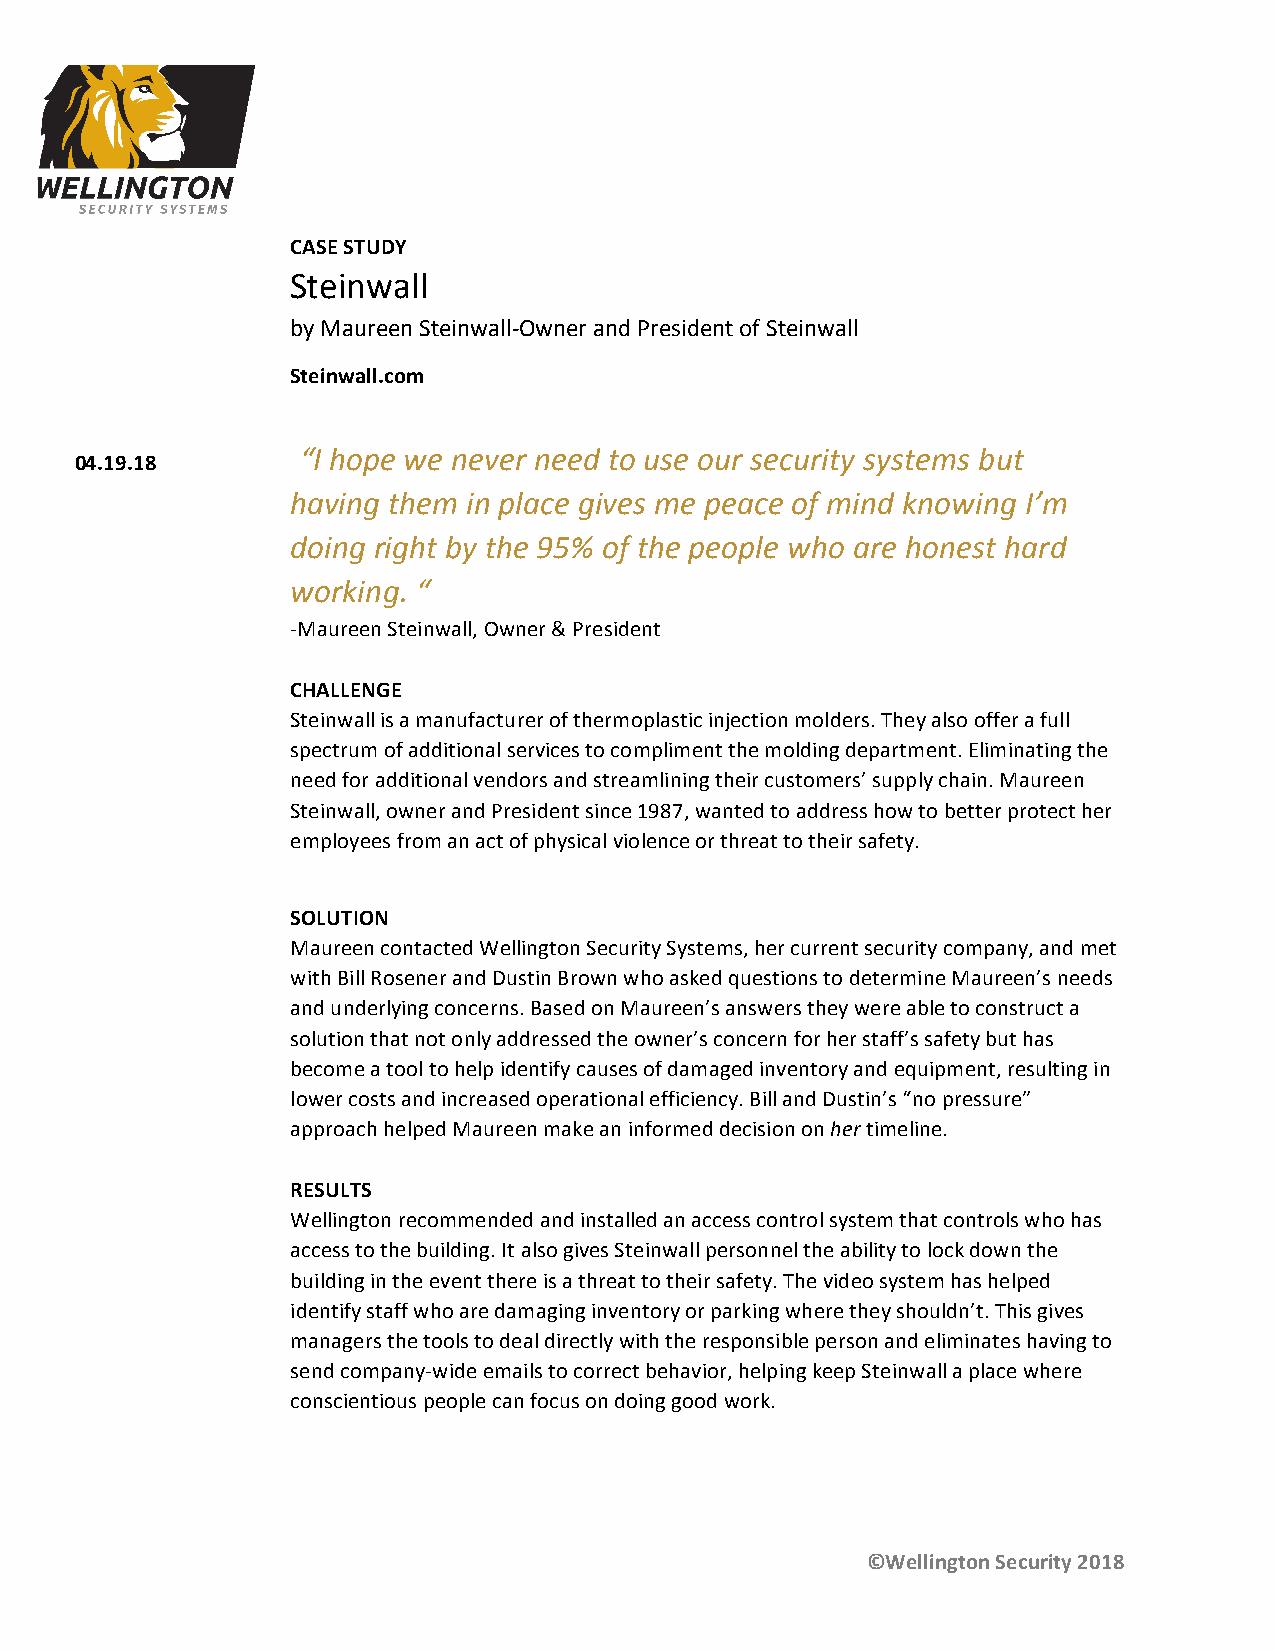
CASE STUDY
 Steinwall
 by Maureen Steinwall-Owner and President of Steinwall
 Steinwall.com
 “I hope we never need to use our security systems but
 04.19.18
 having them in place gives me peace of mind knowing I’m
 doing right by the 95% of the people who are honest hard
 working. “
 -Maureen Steinwall, Owner & President
 CHALLENGE
 Steinwall is a manufacturer of thermoplastic injection molders. They also offer a full
 spectrum of additional services to compliment the molding department. Eliminating the
 need for additional vendors and streamlining their customers’ supply chain. Maureen
 Steinwall, owner and President since 1987, wanted to address how to better protect her
 employees from an act of physical violence or threat to their safety.
 SOLUTION
 Maureen contacted Wellington Security Systems, her current security company, and met
 with Bill Rosener and Dustin Brown who asked questions to determine Maureen’s needs
 and underlying concerns. Based on Maureen’s answers they were able to construct a
 solution that not only addressed the owner’s concern for her staff’s safety but has
 become a tool to help identify causes of damaged inventory and equipment, resulting in
 lower costs and increased operational efficiency. Bill and Dustin’s “no pressure”
 approach helped Maureen make an informed decision on her timeline.
 RESULTS
 Wellington recommended and installed an access control system that controls who has
 access to the building. It also gives Steinwall personnel the ability to lock down the
 building in the event there is a threat to their safety. The video system has helped
 identify staff who are damaging inventory or parking where they shouldn’t. This gives
 managers the tools to deal directly with the responsible person and eliminates having to
 send company-wide emails to correct behavior, helping keep Steinwall a place where
 conscientious people can focus on doing good work.
 ©Wellington Security 2018